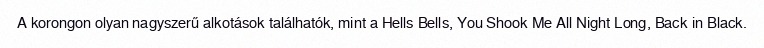
A korongon olyan nagyszerű alkotások találhatók, mint a Hells Bells, You Shook Me All Night Long, Back in Black.